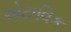
એટાવિક